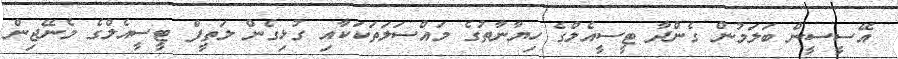
އޭސީސީން ބަލަމުން ގެންދާ ޓީސީއެލްގެ ހިޔާނާތުގެ މައްސަލަތަކަކާއި ގުޅިގެން ލަތީފް ޓީސީއެލްގެ މެނޭޖިން